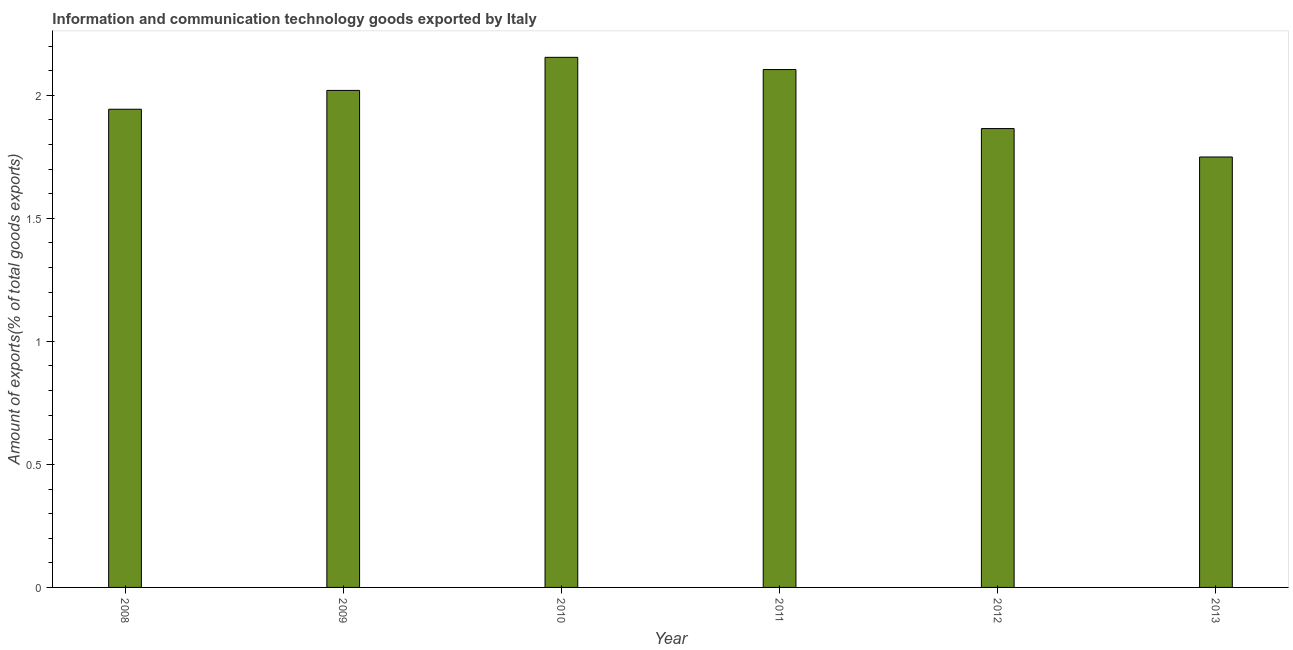
| Year | ICT goods exports |
 | --- | --- |
 | 2008 | 1.94 |
 | 2009 | 2.02 |
 | 2010 | 2.15 |
 | 2011 | 2.1 |
 | 2012 | 1.86 |
 | 2013 | 1.75 |